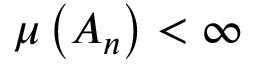
\mu \left( A _ { n } \right) < \infty